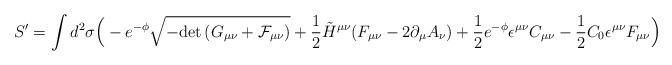
LaTeX: \begin{align*}S^{\prime}= \int d^2 \sigma \Big(- e^{-\phi} \sqrt{-{\rm det}\, (G_{\mu\nu}+{\cal F}_{\mu\nu})}+\frac{1}{2} \tilde{H}^{\mu\nu} (F_{\mu\nu} - 2 \partial_{\mu} A_{\nu})+ \frac{1}{2} e^{-\phi}\epsilon^{\mu\nu}C_{\mu\nu} -\frac{1}{2}C_0 \epsilon^{\mu\nu} F_{\mu\nu} \Big) \end{align*}